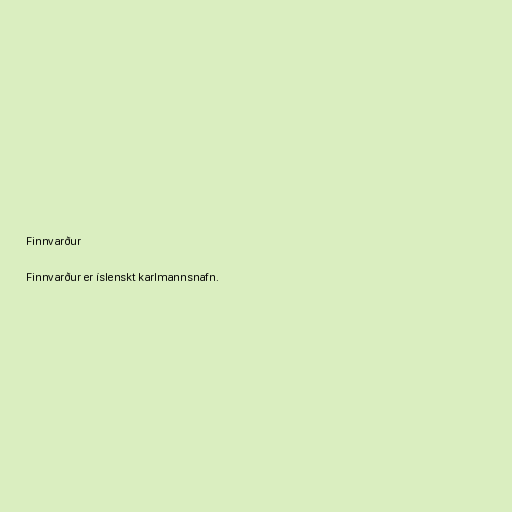
Finnvarður

Finnvarður er íslenskt karlmannsnafn.